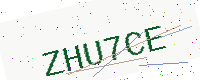
Text: ZHU7CE